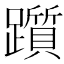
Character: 躓